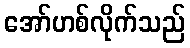
အော်ဟစ်လိုက်သည်